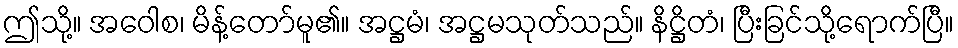
ဤသို့။ အဝေါစ၊ မိန့်တော်မူ၏။ အဋ္ဌမံ၊ အဋ္ဌမသုတ်သည်။ နိဋ္ဌိတံ၊ ပြီးခြင်သို့ရောက်ပြီ။